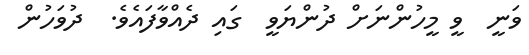
ވަނީ  ވީ މީހުންނަށް ދުންޔަވީ  ގައި ދެއްވާފައެވެ.  ދުވަހުން